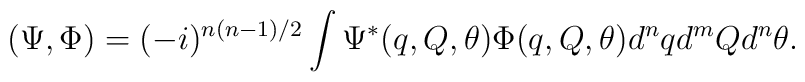
(\Psi, \Phi) = (-i)^{n(n-1)/2} \int \Psi^*(q, Q, \theta) \Phi(q, Q,\theta) d^n q d^m Q d^n \theta.